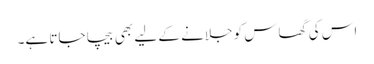
اس کی گھاس کو جلانے کے لیے بھی بیچا جاتا ہے۔